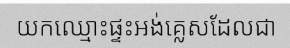
យកឈ្មោះផ្ទះអង់គ្លេសដែលជា